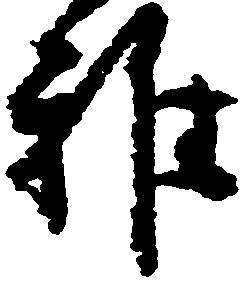
雅